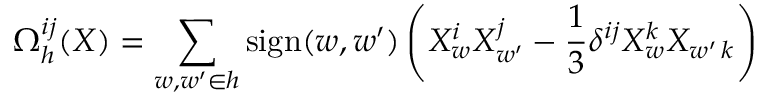
\Omega _ { h } ^ { i j } ( X ) = \sum _ { w , { w ^ { \prime } } \in h } \mathrm { s i g n } ( w , { w ^ { \prime } } ) \left( X _ { w } ^ { i } X _ { w ^ { \prime } } ^ { j } - { \frac { 1 } { 3 } } \delta ^ { i j } X _ { w } ^ { k } X _ { w ^ { \prime } \, k } \right)